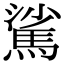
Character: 𩣟